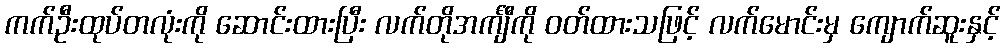
ကက်ဦးထုပ်တလုံးကို ဆောင်းထားပြီး လက်တိုအင်္ကျီကို ဝတ်ထားသဖြင့် လက်မောင်းမှ ကျောက်ဆူးနှင့်